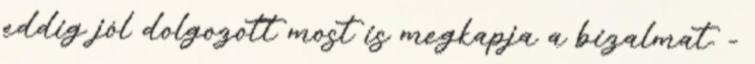
eddig jól dolgozott most is megkapja a bizalmat. -